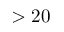
> 2 0